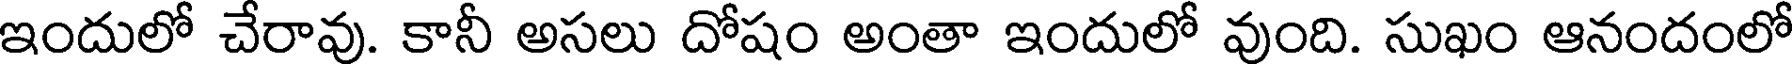
ఇందులో చేరావు. కానీ అసలు దోషం అంతా ఇందులో వుంది. సుఖం ఆనందంలో